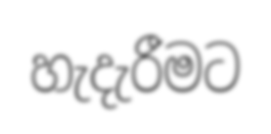
හැදැරීමට